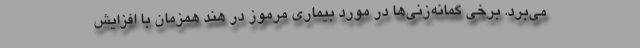
می‌برد. برخی گمانه‌زنی‌ها در مورد بیماری مرموز در هند همزمان با افزایش